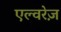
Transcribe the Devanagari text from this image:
एल्वरेज़